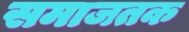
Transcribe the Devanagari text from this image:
समाजतक